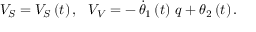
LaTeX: V _ { S } = V _ { S } \left( t \right) , \, \, \, \, V _ { V } = - \, \dot { \theta } _ { 1 } \left( t \right) \, q + \theta _ { 2 } \left( t \right) .